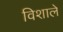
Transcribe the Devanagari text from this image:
विशाले